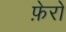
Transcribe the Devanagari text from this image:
फ़ेरो